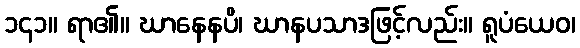
၁၄၁။ ရာ၏။ ဃာနေနပိ၊ ဃာနပသာဒဖြင့်လည်း။ ရူပံယေဝ၊